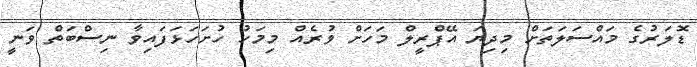
ޑޮލަރުގެ މައްސަލަތަށް މިދިޔަ އޭޕްރީލް މަހަށް ވުރެއް މިމަހު ހުށަހަޅަފައިވާ ނިސްބަތް ވަނީ